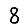
Digit: 8